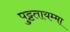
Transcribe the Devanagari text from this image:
पुट्टतायम्मा